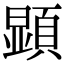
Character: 顕